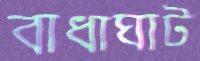
বাধাঘাট